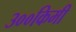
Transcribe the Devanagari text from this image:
३००किमी